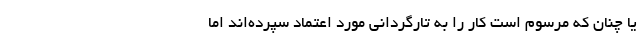
یا چنان که مرسوم است کار را به تارگردانی مورد اعتماد سپرده‌اند اما